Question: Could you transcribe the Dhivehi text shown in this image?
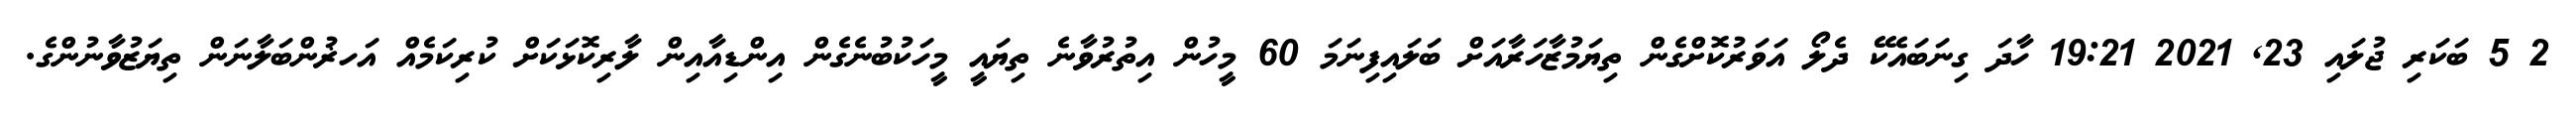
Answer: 2 5 ބަކަރި ޖުލައި 23, 2021 19:21 ހާދަ ގިނަބައެކޭ ދެލޯ އަވަރުކޮށްގެން ތިޔަމުޒާހަރާއަށް ބަލައިފިނަމަ 60 މީހުން އިތުރުވާނެ ތިޔައީ މީހަކުބުނެގެން އިންޑިއާއިން ލާރިކޮޅަކަށް ކުރިކަމެއް އަހޜުންބަލާނަން ތިޔަޒުވާނުންގެ.